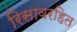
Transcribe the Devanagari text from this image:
रिसावरहित